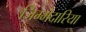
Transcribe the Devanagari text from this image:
जिम्मेदारिया